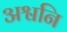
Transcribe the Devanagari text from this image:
अश्वनि